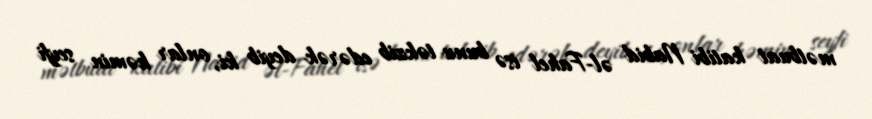
mətbuat katibi Nabid əl-Fahel isə bunu təkzib edərək deyib ki, onlar həmin seyfi